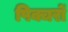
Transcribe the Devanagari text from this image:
पिक्चरों